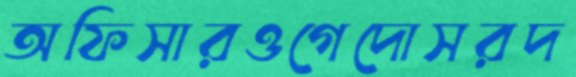
অফিসারওগেদোসরদ